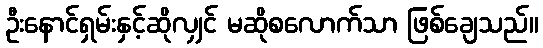
ဦးနောင်ရှမ်းနှင့်ဆိုလျှင် မဆိုစလောက်သာ ဖြစ်ချေသည်။